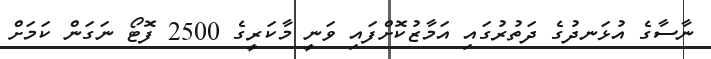
ނާސާގެ އުޅަނދުގެ ދަތުރުގައި އަމާޒުކޮށްފައި ވަނީ މާކަރީގެ 2500 ފޮޓޯ ނަގަން ކަމަށް